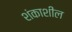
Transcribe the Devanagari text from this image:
शंकाशील